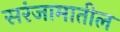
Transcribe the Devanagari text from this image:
सरंजामातील